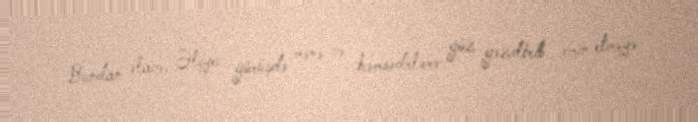
Bundan əlavə, Əliyev görüşdə mənə və həmsədrlərə göz gəzdirib əmin etməyə